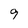
Character: 9